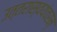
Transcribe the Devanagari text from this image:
उत्तरास्वयंवरम्